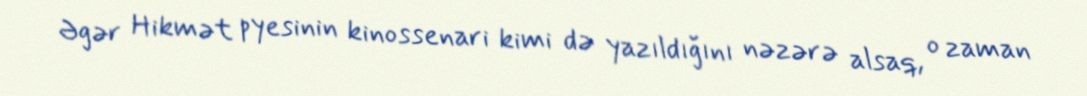
Əgər Hikmət pyesinin kinossenari kimi də yazıldığını nəzərə alsaq, o zaman